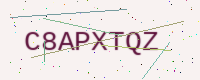
Text: C8APXTQZ